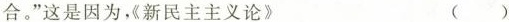
合。”这是因为《新民主主义论》 ()